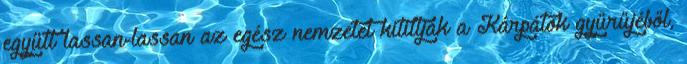
együtt lassan-lassan az egész nemzetet kitiltják a Kárpátok gyűrűjéből,